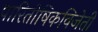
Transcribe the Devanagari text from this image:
पारितोषिकविजेती